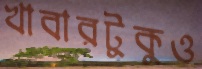
খাবারটুকুও